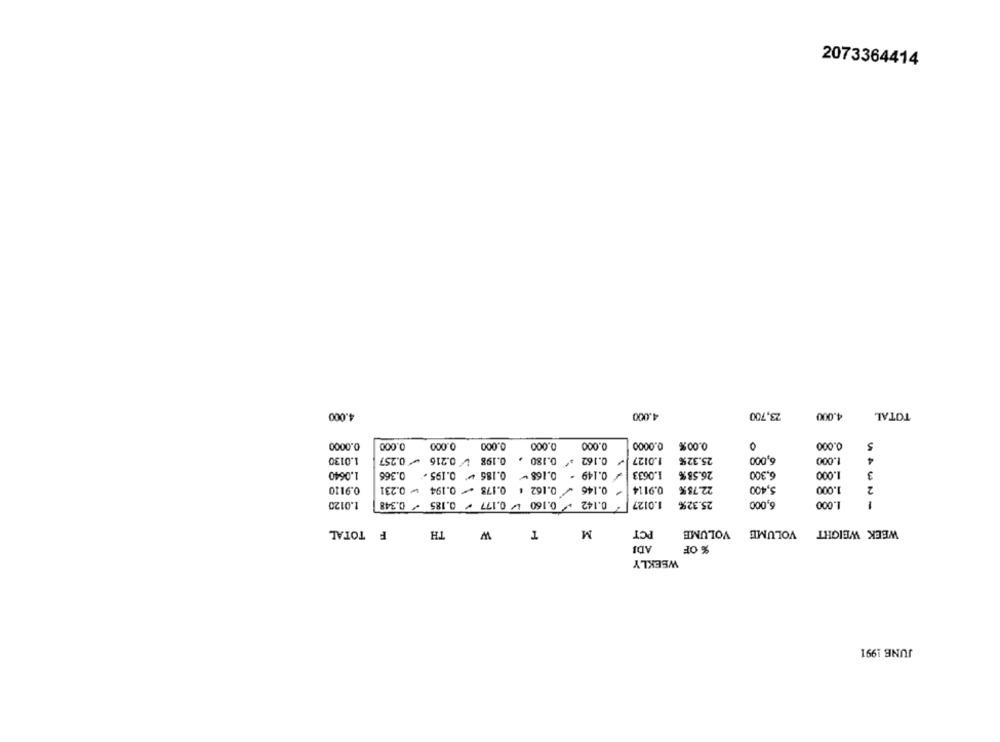
2073364414
4.000
4.000
23,700
4.000
TOTAL
0.0000
0.000
0.000
0.000
0.000
0.000
0.0000
0.00%
0.000
5
1.0130
/ 0.162 . 0.180 , 0.198 0.216 - 0.257
1.0127
25.32%
6,000
1.000
4
1.0640
/ 0.149 - 0.168 - 0.186 - 0.195 - 0.366
1.0633
26.58%
6,300
1.000
3
0.9110
0.146 / 0.162 : 0.173 - 0.194 - 0.23!
0.9114
22.78%
5,400
1.000
2
1.0120
0.142 + 0.160 4/ 0.177 / 0.185 + 0.348
1.0127
25.32%
6,000
1.000
1
F TOTAL
TH
W
T
M
PCT
VOLUME
VOLUME
WEEK WEIGHT
ADJ
% OF
WEEKLY
JUNE 1991